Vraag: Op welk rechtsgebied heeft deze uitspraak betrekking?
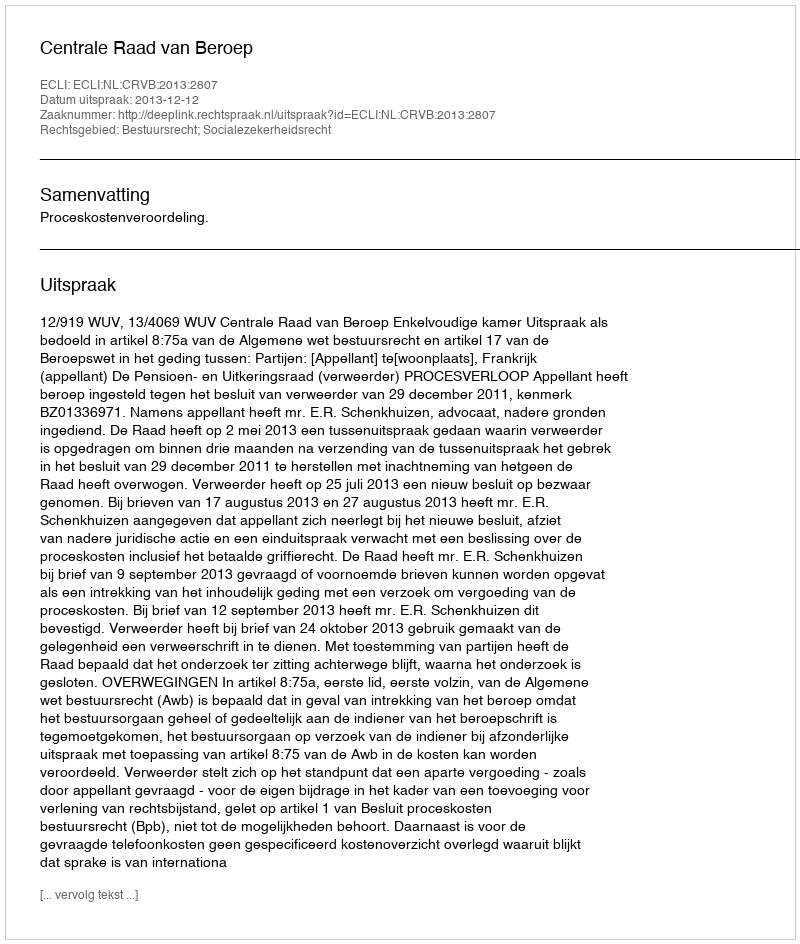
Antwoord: Bestuursrecht; Socialezekerheidsrecht